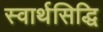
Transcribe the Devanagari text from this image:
स्वार्थसिद्धि